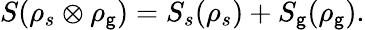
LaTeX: S(\rho_{s}\otimes\rho_{\mathsf{g}})=S_{s}(\rho_{s})+S_{\mathsf{g}}(\rho_{\mathsf{g}}).